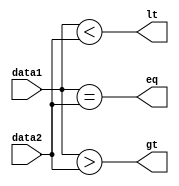
`timescale 1ns / 1ps
//////////////////////////////////////////////////////////////////////////////////
// Company: 
// Engineer: 
// 
// Design Name: 
// Module Name:    COMPARE 
// Project Name: 
// Target Devices: 
// Tool versions: 
// Description: 
//
// Dependencies: 
//
// Revision: 
// Revision 0.01 - File Created
// Additional Comments: 
//
//////////////////////////////////////////////////////////////////////////////////
module COMPARE(gt,eq,lt,data1,data2);
input [15:0] data1,data2;
output gt,eq,lt;
assign lt = data1 < data2;
assign gt = data1 > data2;
assign eq = data1 == data2;
endmodule